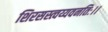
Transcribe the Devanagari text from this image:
शिरसस्त्वय्यवनतिः।।